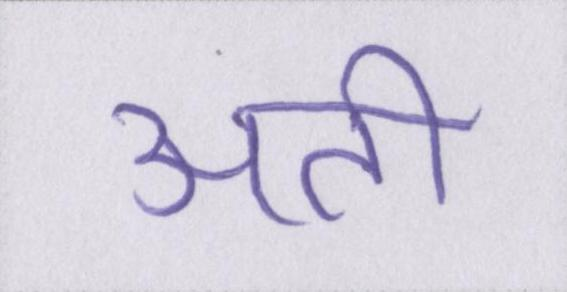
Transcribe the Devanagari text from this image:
अती